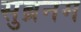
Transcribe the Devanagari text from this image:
सुब्रनम